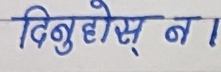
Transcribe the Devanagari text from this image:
दिनुहोस् न ।